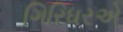
ગિરિધરએ